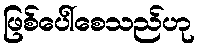
ဖြစ်ပေါ်စေသည်ဟု